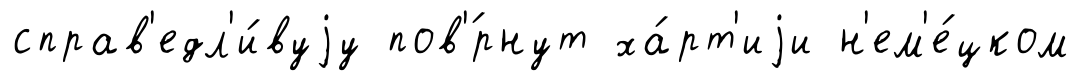
справ'едл'и́вуjу пов'́рнут ха́рт'иjи н'ем'е́цком